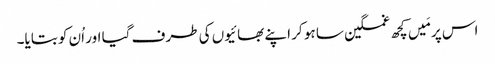
اس پر مَیں کچھ غمگین سا ہو کر اپنے بھائیوں کی طرف گیا اور اُن کو بتایا۔